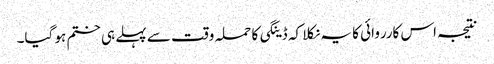
نتیجہ اس کارروائی کا یہ نکلا کہ ڈینگی کا حملہ وقت سے پہلے ہی ختم ہو گیا۔